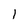
Character: 1